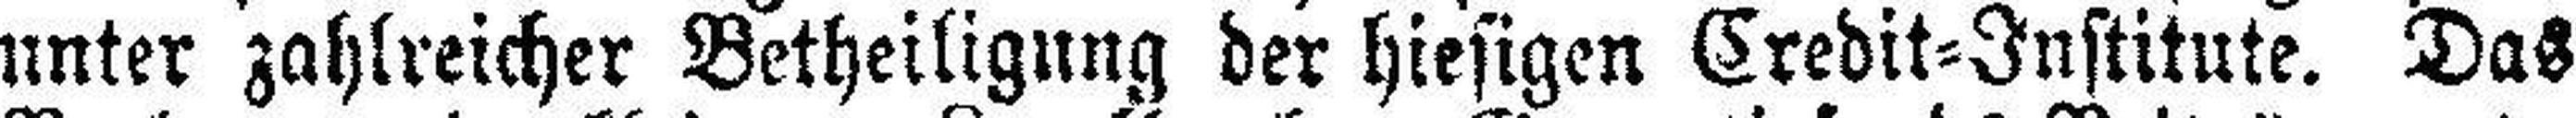
unter zahlreicher Betheiligung der hiesigen Credit=Institute. Das